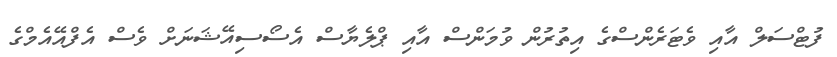
ފުޓްސަލް އާއި ވެޓަރެންސްގެ އިތުރުން ވުމަންސް އާއި ޕްލެޔާސް އެސޯސިއޭޝަނަށް ވެސް އެފްއޭއެމްގެ